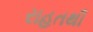
રાહતથી